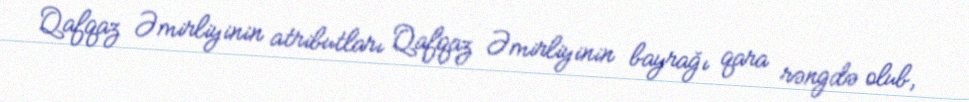
Qafqaz Əmirliyinin atributları Qafqaz Əmirliyinin bayrağı qara rəngdə olub,